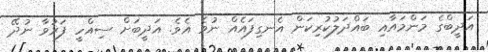
އަދީބްގެ މަންމައާއި ބައްދަލުކުރިކަން އެނގިފައެއް ނުވެ އެވެ. އަދީބަށް ސިއްހީ ފަރުވާ ނުދޭ